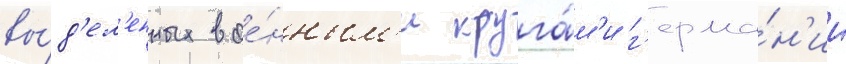
вы́д'ел'енных вое́нным'и круга́м'и г'ерма́н'ии